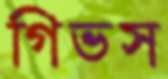
গিভস